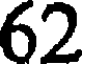
62